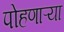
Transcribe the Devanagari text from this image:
पोहणाऱ्या